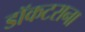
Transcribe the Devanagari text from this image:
डॉकटराना